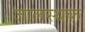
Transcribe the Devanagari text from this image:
जालस्थक